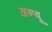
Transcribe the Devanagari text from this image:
अन्बू